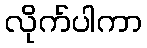
လိုက်ပါကာ